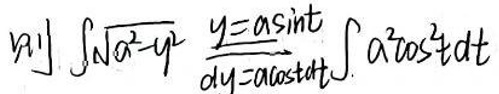
则$\int\sqrt{a^{2}-y^{2}}dy\stackrel{y = a\sin t}{=}\int a^{2}\cos^{2}tdt$